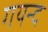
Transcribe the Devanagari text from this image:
गयन्द